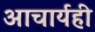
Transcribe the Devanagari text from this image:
आचार्यही